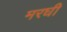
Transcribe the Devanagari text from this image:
मरघी